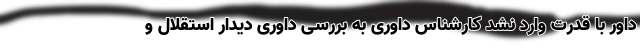
داور با قدرت وارد نشد کارشناس داوری به بررسی داوری دیدار استقلال و